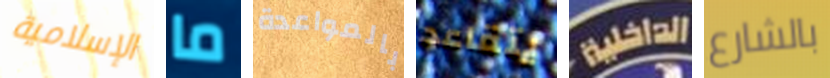
الإسلامية ما بالمواعدة يتقاعد الداخلية بالشارع